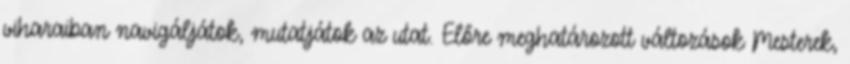
viharaiban navigáljátok, mutatjátok az utat. Előre meghatározott változások Mesterek,